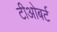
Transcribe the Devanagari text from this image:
टीओबर्ट